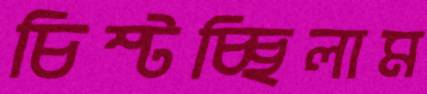
চিম্‌টচ্ছিলাম